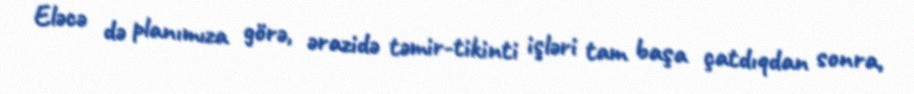
Eləcə də planımıza görə, ərazidə təmir-tikinti işləri tam başa çatdıqdan sonra,